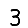
Digit: 3